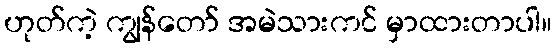
ဟုတ်ကဲ့ ကျွန်တော် အမဲသားကင် မှာထားတာပါ။